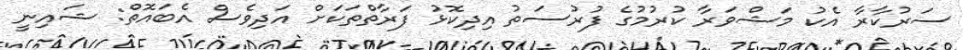
ސަރުކާރާ އެކު މަޝްވަރާ ކުރުމުގެ ފުރުސަތު އިދިކޮޅު ފަރާތްތަކަށް އަދިވެސް އެބައޮތް: ޝައިނީ